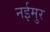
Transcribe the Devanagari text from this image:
नईमुर